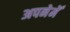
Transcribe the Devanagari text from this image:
अपनेमेँ